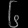
Digit: ၆